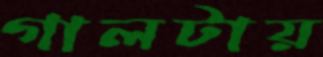
গালটায়